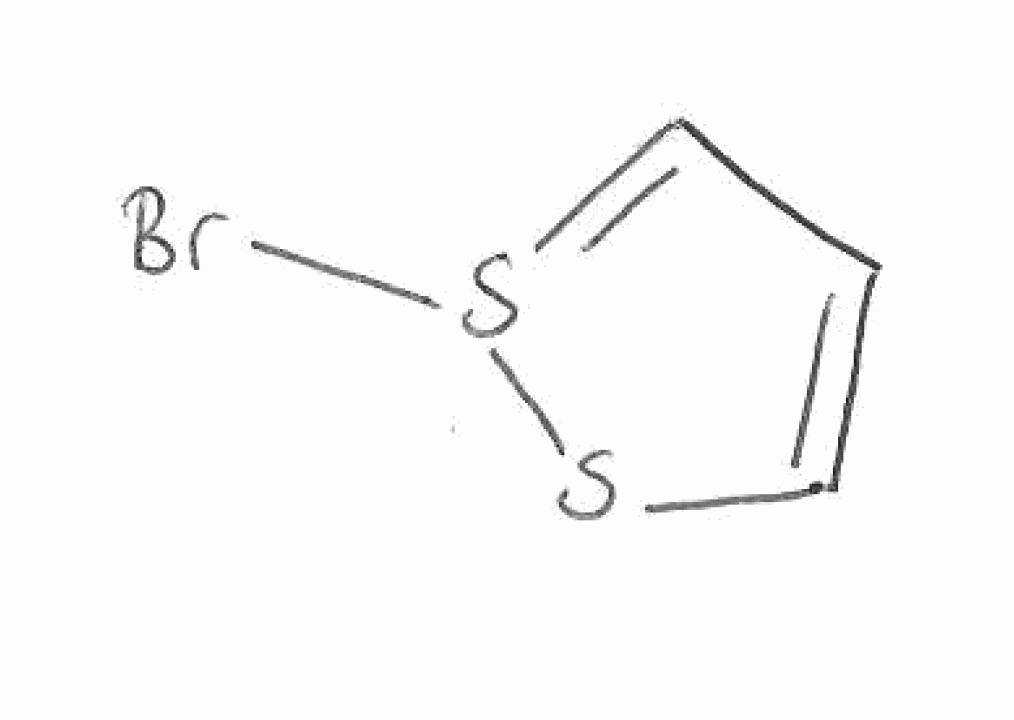
Simplified molecular-input line-entry system (SMILES) notation of the given molecule:
C1=CSS(=C1)Br